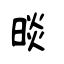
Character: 晱